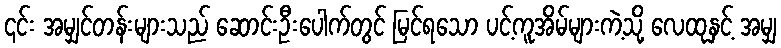
၎င်း အမျှင်တန်းများသည် ဆောင်းဦးပေါက်တွင် မြင်ရသော ပင့်ကူအိမ်များကဲ့သို့ လေထုနှင့် အမျှ